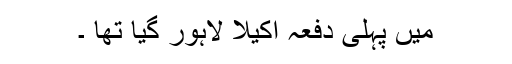
میں پہلی دفعہ اکیلا لاہور گیا تھا ۔